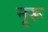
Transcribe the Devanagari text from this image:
नूरू